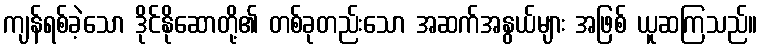
ကျန်ရစ်ခဲ့သော ဒိုင်နိုဆောတို့၏ တစ်ခုတည်းသော အဆက်အနွယ်များ အဖြစ် ယူဆကြသည်။